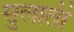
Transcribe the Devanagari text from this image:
सुलाती